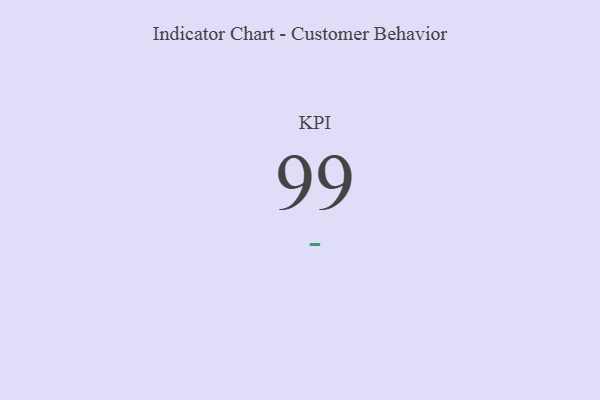
{"axis": {"x": "KPI", "y": "Value"}, "legend": [""], "data": [{"x": "KPI", "y": 99, "type": ""}]}